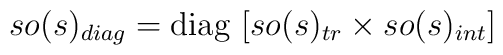
so(s)_{diag}={\rm diag}~ [so(s)_{tr}\times so(s)_{int}]